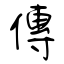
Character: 傳